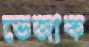
ভেজাক